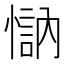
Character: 𱟄